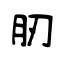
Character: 肕